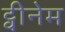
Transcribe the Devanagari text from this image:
ट्वीनेम